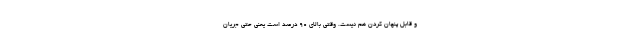
و قابل پنهان کردن هم نیست. وقتی بالای ۹۰ درصد است یعنی حتی جریان